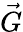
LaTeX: \vec{G}